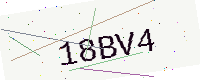
Text: 18BV4